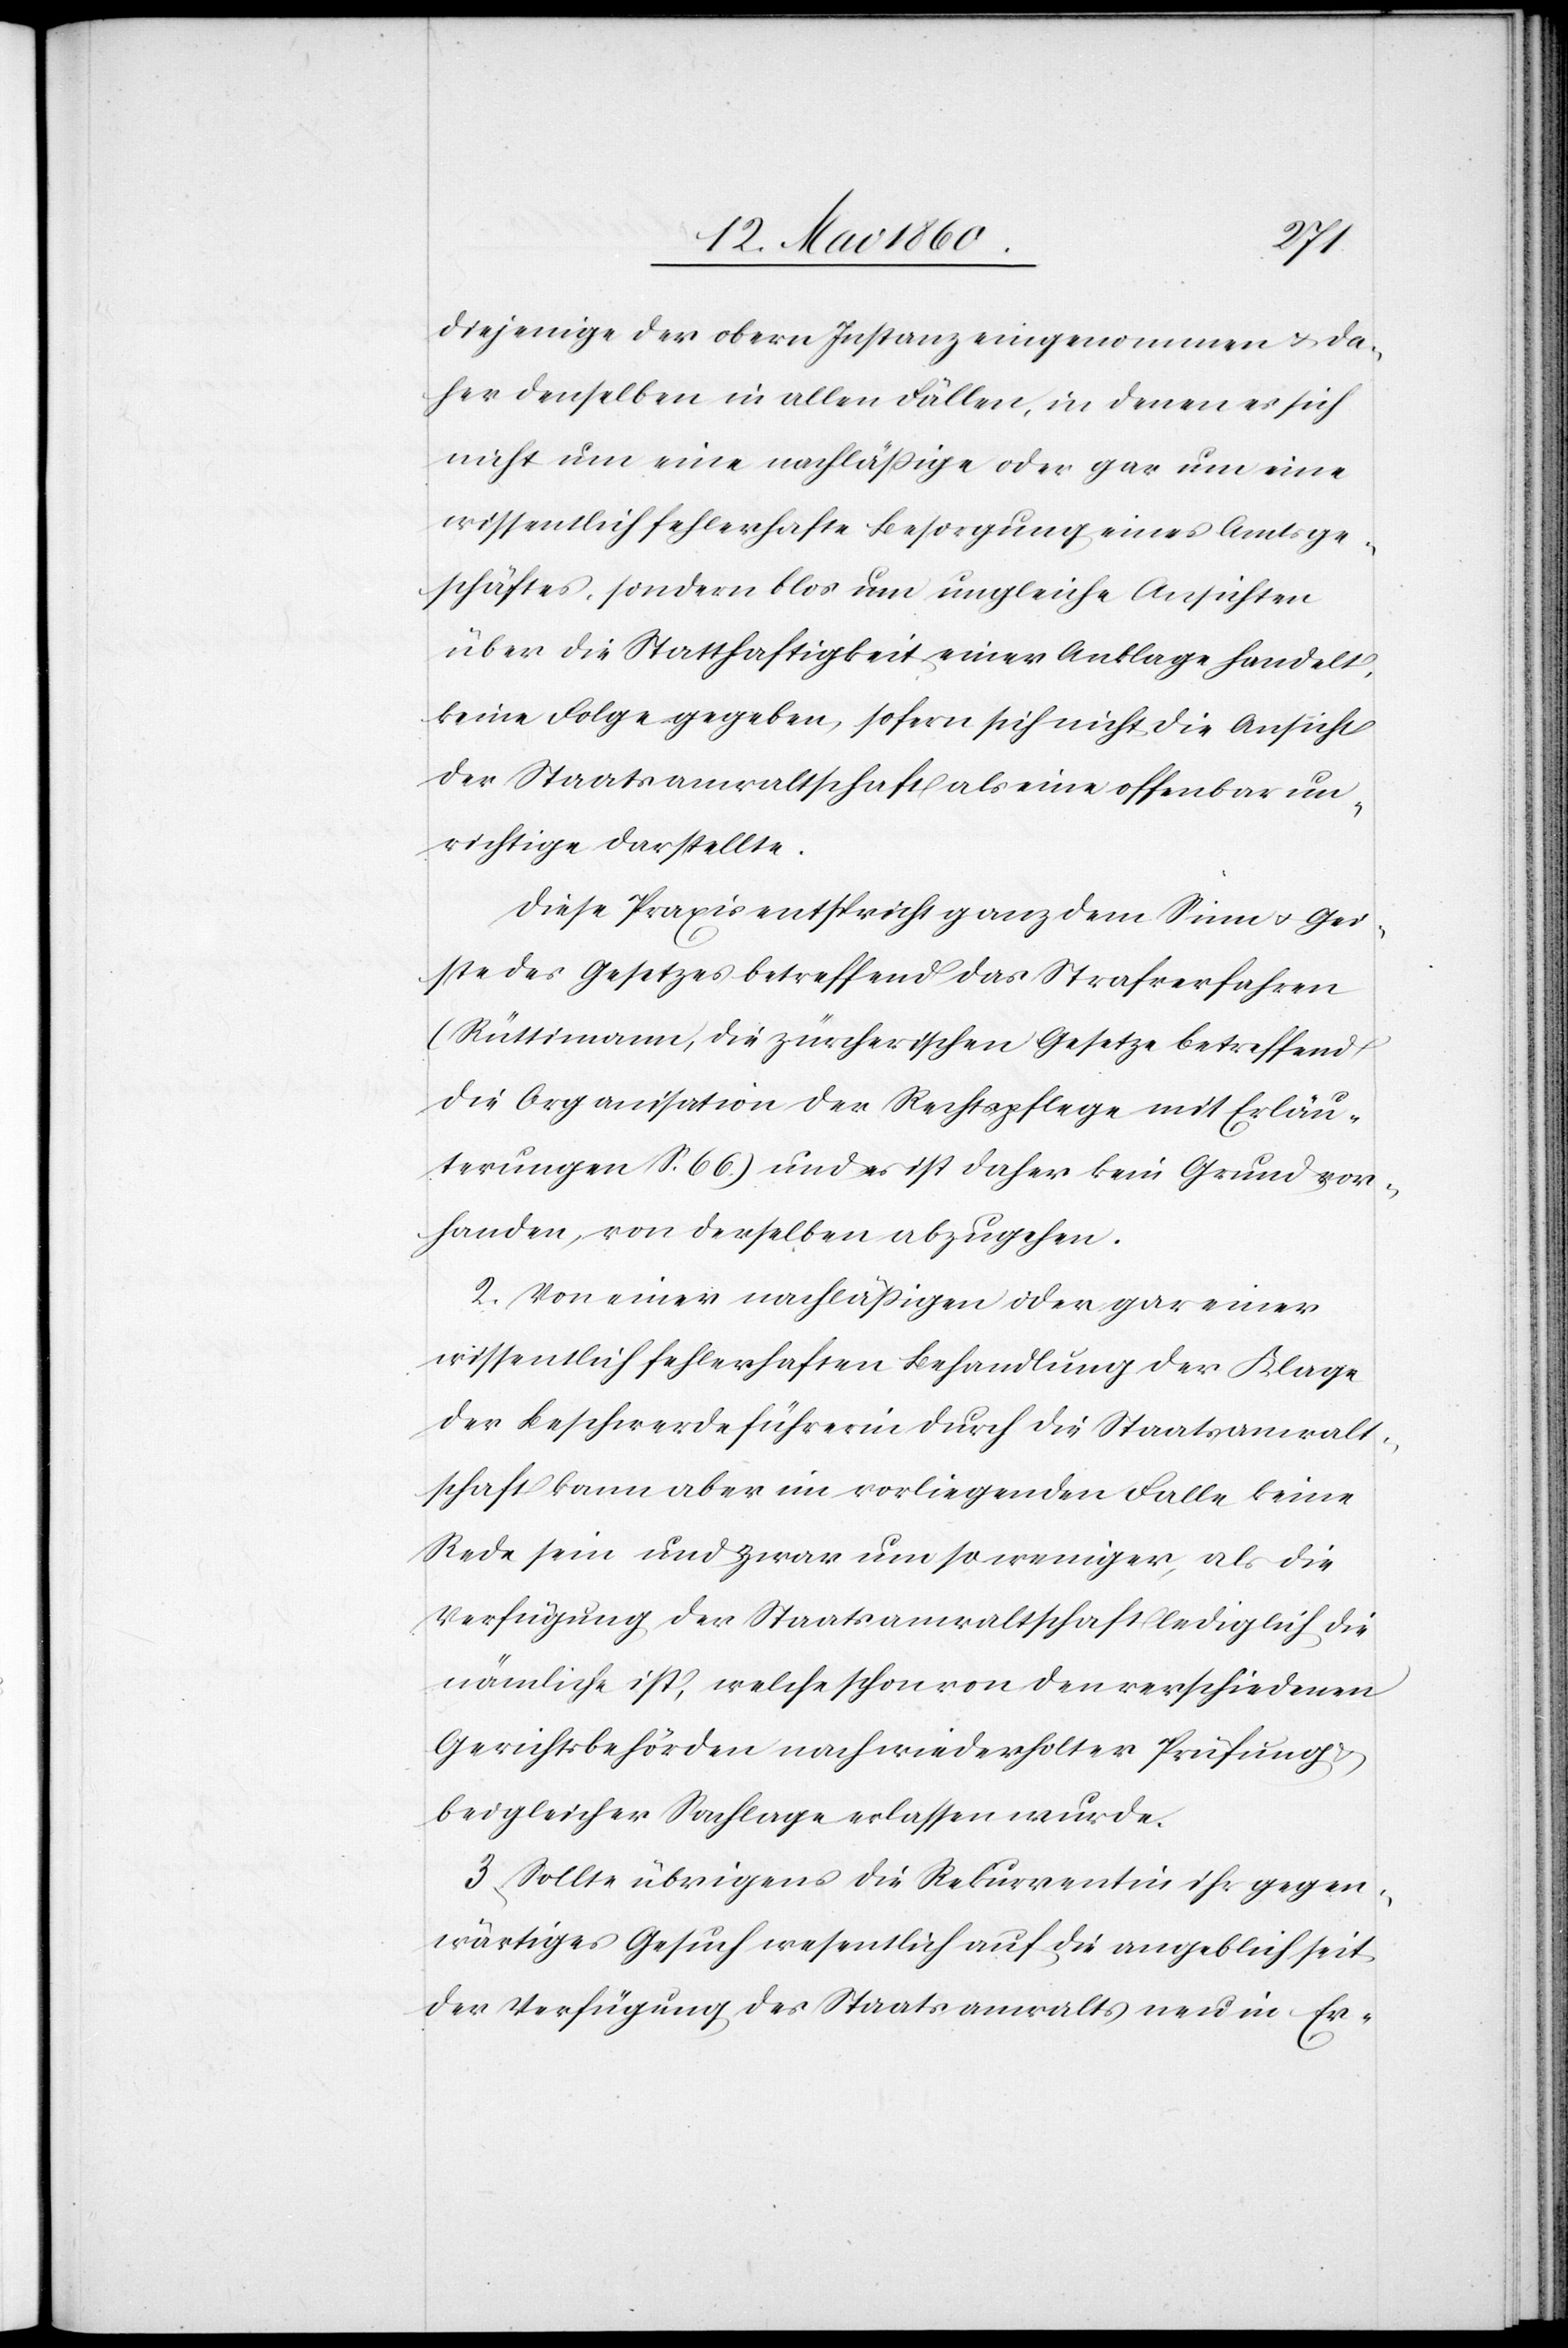
diejenige der obern Instanz eingenommen u. da¬
her denselben in allen Fällen, in denen es sich
nicht um eine nachlässige oder gar um eine
wissentlich fehlerhafte Besorgung eines Amtsge¬
schäftes, sondern blos um ungleiche Ansichten
über die Statthaftigkeit einer Anklage handelt,
keine Folge gegeben, sofern sich nicht die Ansicht
der Staatsanwaltschaft als eine offenbar un¬
richtige darstellte.
Diese Praxis entspricht ganz dem Sinn u. Gei¬
ste des Gesetzes betreffend das Strafverfahren
(Rüttimann, die zürcherischen Gesetze betreffend
die Organisation der Rechtspflege mit Erläu¬
terungen S. 66.) und es ist daher kein Grund vor¬
handen, von derselben abzugehen.
2. Von einer nachlässigen oder gar einer
wissentlich fehlerhaften Behandlung der Klage
der Beschwerdeführerin durch die Staatsanwalt¬
schaft kann aber im vorliegenden Falle keine
Rede sein und zwar um so weniger, als die
Verfügung der Staatsanwaltschaft lediglich die
nämliche ist, welche schon von den verschiedenen
Gerichtsbehörden nach wiederholter Prüfung u.
bei gleicher Sachlage erlassen wurde.
3. Sollte übrigens die Rekurrentin ihr gegen¬
wärtiges Gesuch wesentlich auf die angeblich seit
der Verfügung des Staatsanwalts neu in Er-